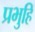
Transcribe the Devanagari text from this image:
प्रभुहिं